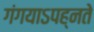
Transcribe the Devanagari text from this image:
गंगयाऽपह्नते